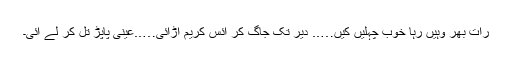
رات بھر وہیں رہا خوب چہلیں کیں….. دیر تک جاگ کر آئس کریم اڑائی…..عینی پاپڑ تل کر لے آئی۔